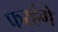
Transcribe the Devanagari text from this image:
फरहंगे